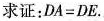
求证：DA=DE.